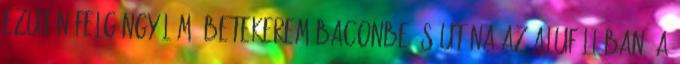
ezután felgöngyölöm. Betekerem baconbe és utána az alufóliában. A